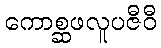
ကောစ္ဆဖလူပဇီဝီ